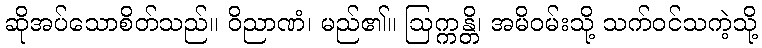
ဆိုအပ်သောစိတ်သည်။ ဝိညာဏံ၊ မည်၏။ ဩက္ကန္တိ၊ အမိဝမ်းသို့ သက်ဝင်သကဲ့သို့